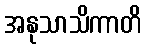
အနုသာသိကာတိ